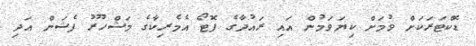
ޑޮކްޓަރަކަށް ވުމަށް ކިޔަވަމުން އައި ރައުދާގެ ފޮޓޯ އެމެރިކާގެ މަޝްހޫރު ފެޝަން އަދި